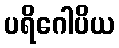
ပရိဂေါပိယ